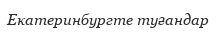
Екатеринбургте туғандар